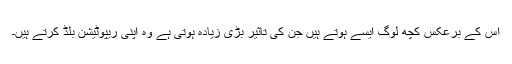
اس کے برعکس کچھ لوگ ایسے ہوتے ہیں جن کی تاثیر بڑی زیادہ ہوتی ہے وہ اپنی ریپوٹیشن بلڈ کرتے ہیں۔